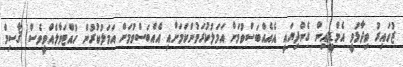
ޒުހައިރު ވިދާޅުވީ އެމްޑީޕީއިން ގެންދިޔައީ އެއެއްބަސްވުމަށް އަމަލުކުރަމުންކަމަށާއި އެއްބަސްވުމަށް އަމަލުކުރުން ހުއްޓަވާލެއްވީވެސް ޤާސިމް